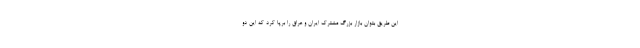
این طریق بتوان بازار بزرگ مشترک ایران و عراق را برپا کرد که این دو